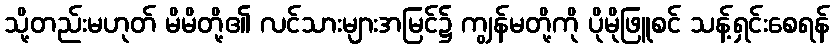
သို့တည်းမဟုတ် မိမိတို့၏ လင်သားများအမြင်၌ ကျွန်မတို့ကို ပိုမိုဖြူစင် သန့်ရှင်းစေရန်